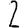
Digit: 2